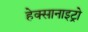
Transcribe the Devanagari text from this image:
हेक्सानाइट्रो